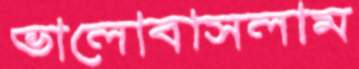
ভালোবাসলাম